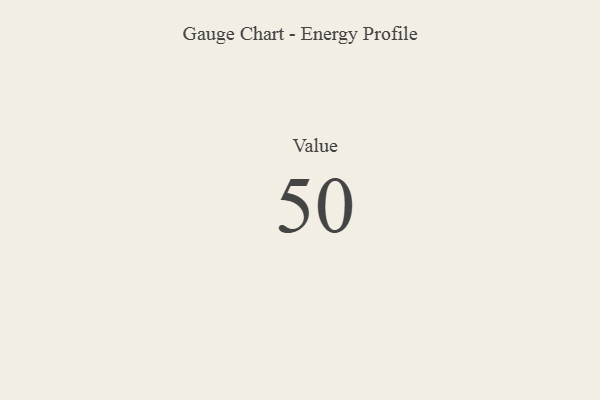
{"axis": {"x": "Metric", "y": "Value"}, "legend": [""], "data": [{"x": "Value", "y": 50, "type": ""}]}